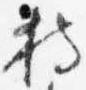
持